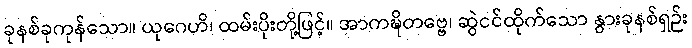
ခုနစ်ခုကုန်သော။ ယုဂေဟိ၊ ထမ်းပိုးတို့ဖြင့်။ အာကဍ္ဎိတဗ္ဗေ၊ ဆွဲငင်ထိုက်သော နွားခုနစ်ရှဉ်း